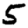
Digit: 5